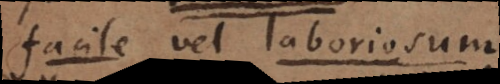
difficile sive laboriosum